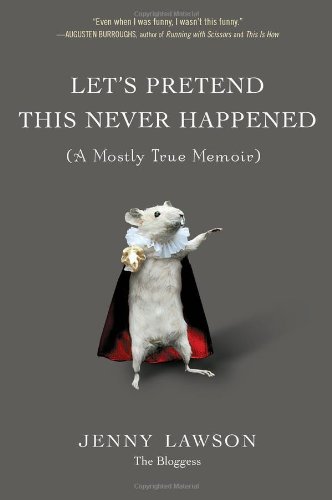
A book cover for Let's Pretend This Never Happened: (A Mostly True Memoir); Jenny Lawson; Humor & Entertainment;